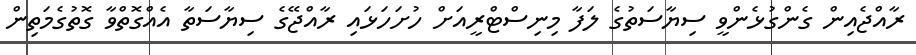
ރާއްޖެއިން ގެންގުޅެންވީ ސިޔާސަތުގެ ލަފާ މިނިސްޓްރީއަށް ހުށަހަޅައި ރާއްޖޭގެ ސިޔާސަތާ އެއްގޮތްވާ ގޮތުގެމަތިން